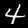
Label: 4